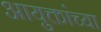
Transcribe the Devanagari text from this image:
आयुक्तांच्या